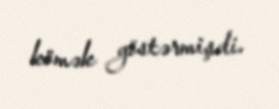
kömək göstərmişdi.